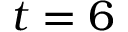
t = 6